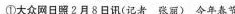
①大众网日照2月8日讯(记者张窟)今年春节